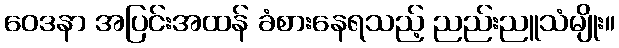
ဝေဒနာ အပြင်းအထန် ခံစားနေရသည့် ညည်းညူသံမျိုး။